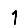
Digit: 1